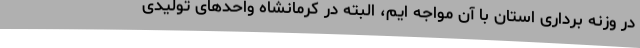
در وزنه برداری استان با آن مواجه ایم، البته در کرمانشاه واحدهای تولیدی